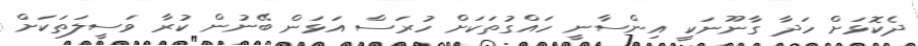
ދެކޮޅަށް ހަދާ ގާނޫނަކީ އިންސާނީ ހައްގުތަކަށް ހުރަސް އަޅަން ބޭނުން ކުރާ ވަސީލަތަކަށް